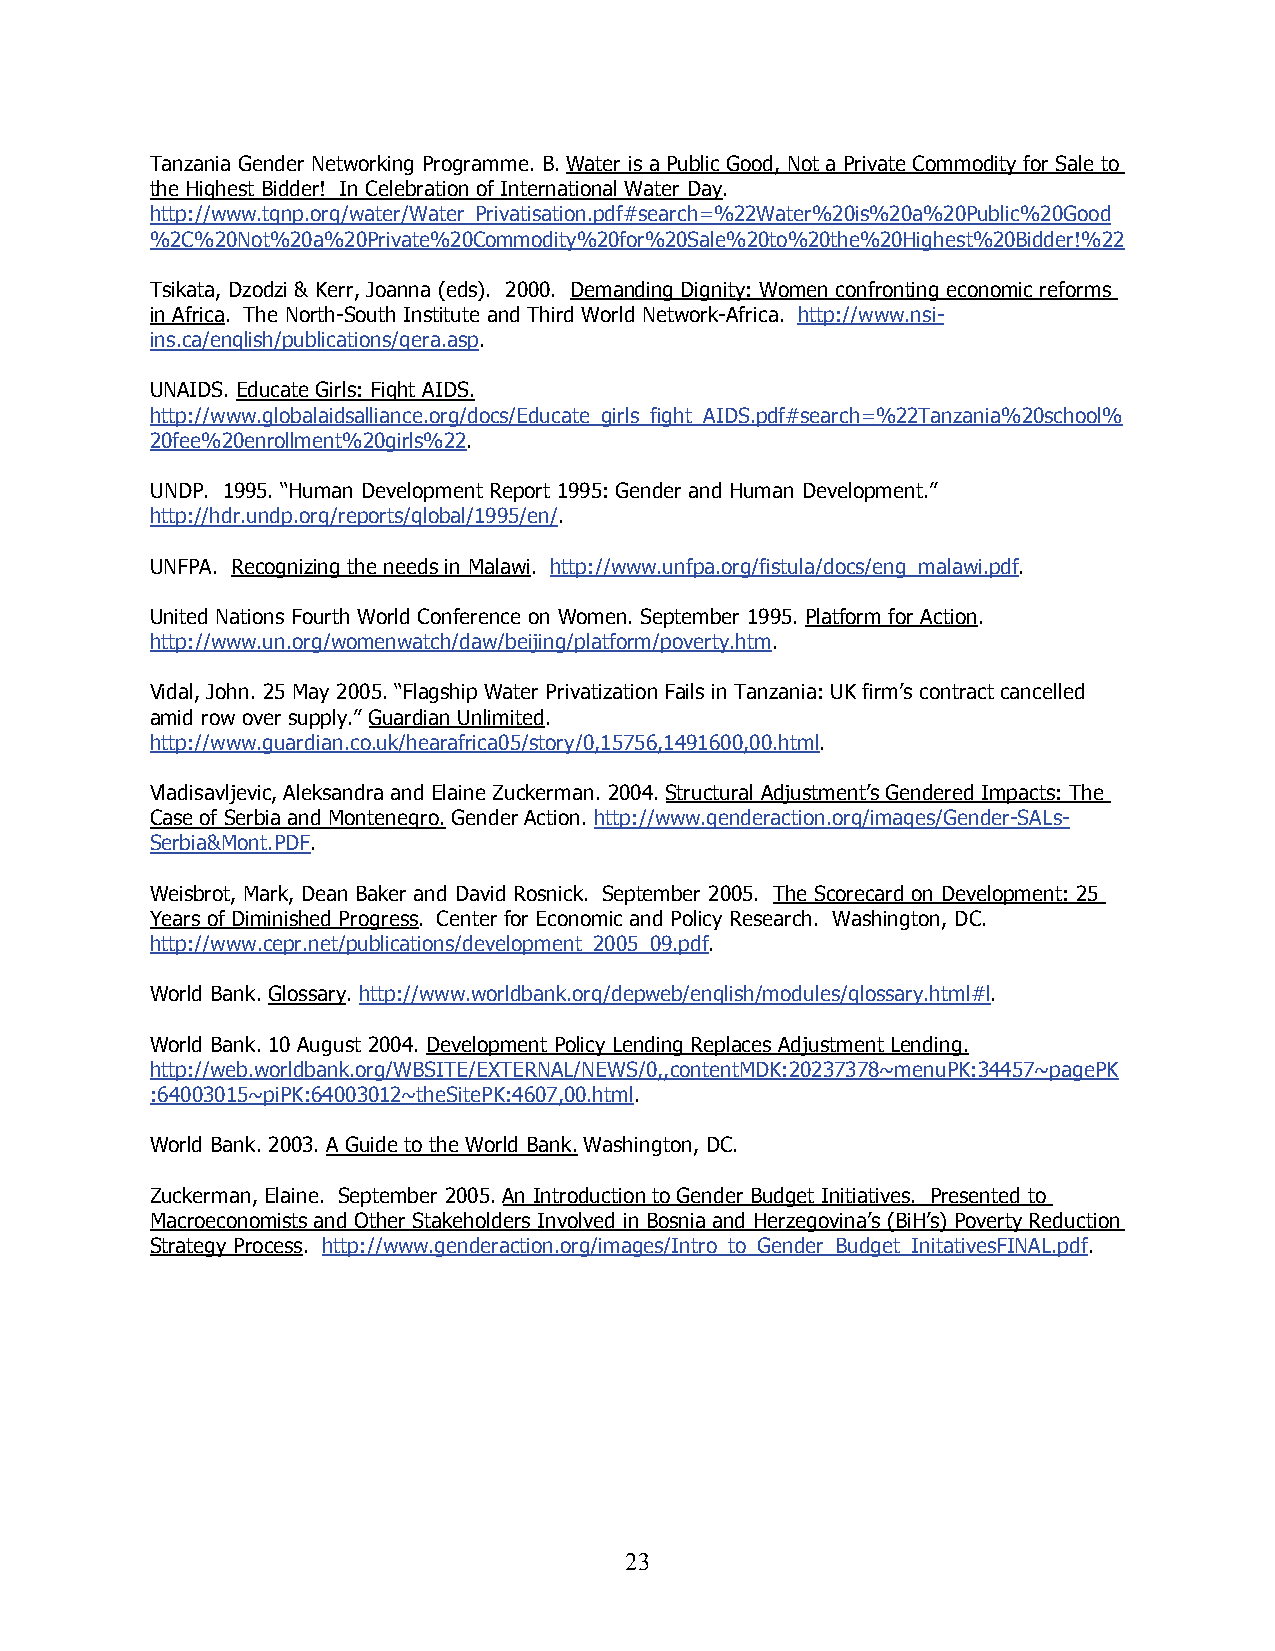
Tanzania Gender Networking Programme. B. Water is a Public Good, Not a Private Commodity for Sale to
 the Highest Bidder! In Celebration of International Water Day.
 http://www.tgnp.org/water/Water_Privatisation.pdf#search=%22Water%20is%20a%20Public%20Good
 %2C%20Not%20a%20Private%20Commodity%20for%20Sale%20to%20the%20Highest%20Bidder!%22
 Tsikata, Dzodzi & Kerr, Joanna (eds). 2000. Demanding Dignity: Women confronting economic reforms
 in Africa. The North-South Institute and Third World Network-Africa. http://www.nsi-
 ins.ca/english/publications/gera.asp.
 UNAIDS. Educate Girls: Fight AIDS.
 http://www.globalaidsalliance.org/docs/Educate_girls_fight_AIDS.pdf#search=%22Tanzania%20school%
 20fee%20enrollment%20girls%22.
 UNDP. 1995. “Human Development Report 1995: Gender and Human Development.”
 http://hdr.undp.org/reports/global/1995/en/.
 UNFPA. Recognizing the needs in Malawi. http://www.unfpa.org/fistula/docs/eng_malawi.pdf.
 United Nations Fourth World Conference on Women. September 1995. Platform for Action.
 http://www.un.org/womenwatch/daw/beijing/platform/poverty.htm.
 Vidal, John. 25 May 2005. “Flagship Water Privatization Fails in Tanzania: UK firm’s contract cancelled
 amid row over supply.” Guardian Unlimited.
 http://www.guardian.co.uk/hearafrica05/story/0,15756,1491600,00.html.
 Vladisavljevic, Aleksandra and Elaine Zuckerman. 2004. Structural Adjustment’s Gendered Impacts: The
 Case of Serbia and Montenegro. Gender Action. http://www.genderaction.org/images/Gender-SALs-
 Serbia&Mont.PDF.
 Weisbrot, Mark, Dean Baker and David Rosnick. September 2005. The Scorecard on Development: 25
 Years of Diminished Progress. Center for Economic and Policy Research. Washington, DC.
 http://www.cepr.net/publications/development_2005_09.pdf.
 World Bank. Glossary. http://www.worldbank.org/depweb/english/modules/glossary.html#l.
 World Bank. 10 August 2004. Development Policy Lending Replaces Adjustment Lending.
 http://web.worldbank.org/WBSITE/EXTERNAL/NEWS/0,,contentMDK:20237378~menuPK:34457~pagePK
 :64003015~piPK:64003012~theSitePK:4607,00.html.
 World Bank. 2003. A Guide to the World Bank. Washington, DC.
 Zuckerman, Elaine. September 2005. An Introduction to Gender Budget Initiatives. Presented to
 Macroeconomists and Other Stakeholders Involved in Bosnia and Herzegovina’s (BiH’s) Poverty Reduction
 Strategy Process. http://www.genderaction.org/images/Intro_to_Gender_Budget_InitativesFINAL.pdf.
 2 3